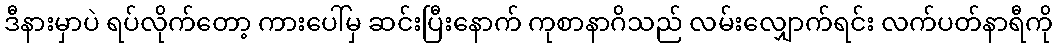
ဒီနားမှာပဲ ရပ်လိုက်တော့ ကားပေါ်မှ ဆင်းပြီးနောက် ကုစာနာဂိသည် လမ်းလျှောက်ရင်း လက်ပတ်နာရီကို